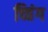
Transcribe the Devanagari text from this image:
च्विंग